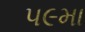
૫૯મા